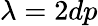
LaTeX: \lambda=2dp